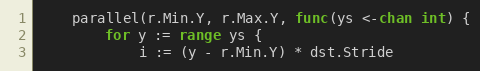
Language: Go
	parallel(r.Min.Y, r.Max.Y, func(ys <-chan int) {
		for y := range ys {
			i := (y - r.Min.Y) * dst.Stride